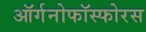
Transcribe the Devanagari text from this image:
ऑर्गनोफॉस्फोरस